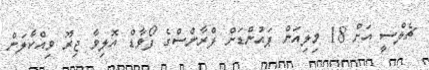
ޗެލްސީ އަށް 18 މިލިއަން ޕައުންޑަށް ފްރާންސްގެ ފޯވާޑް އޮލިވާ ޖިރޫ ވިއްކާލަން